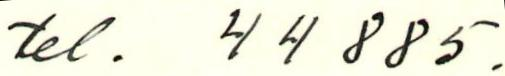
tel. 44885.